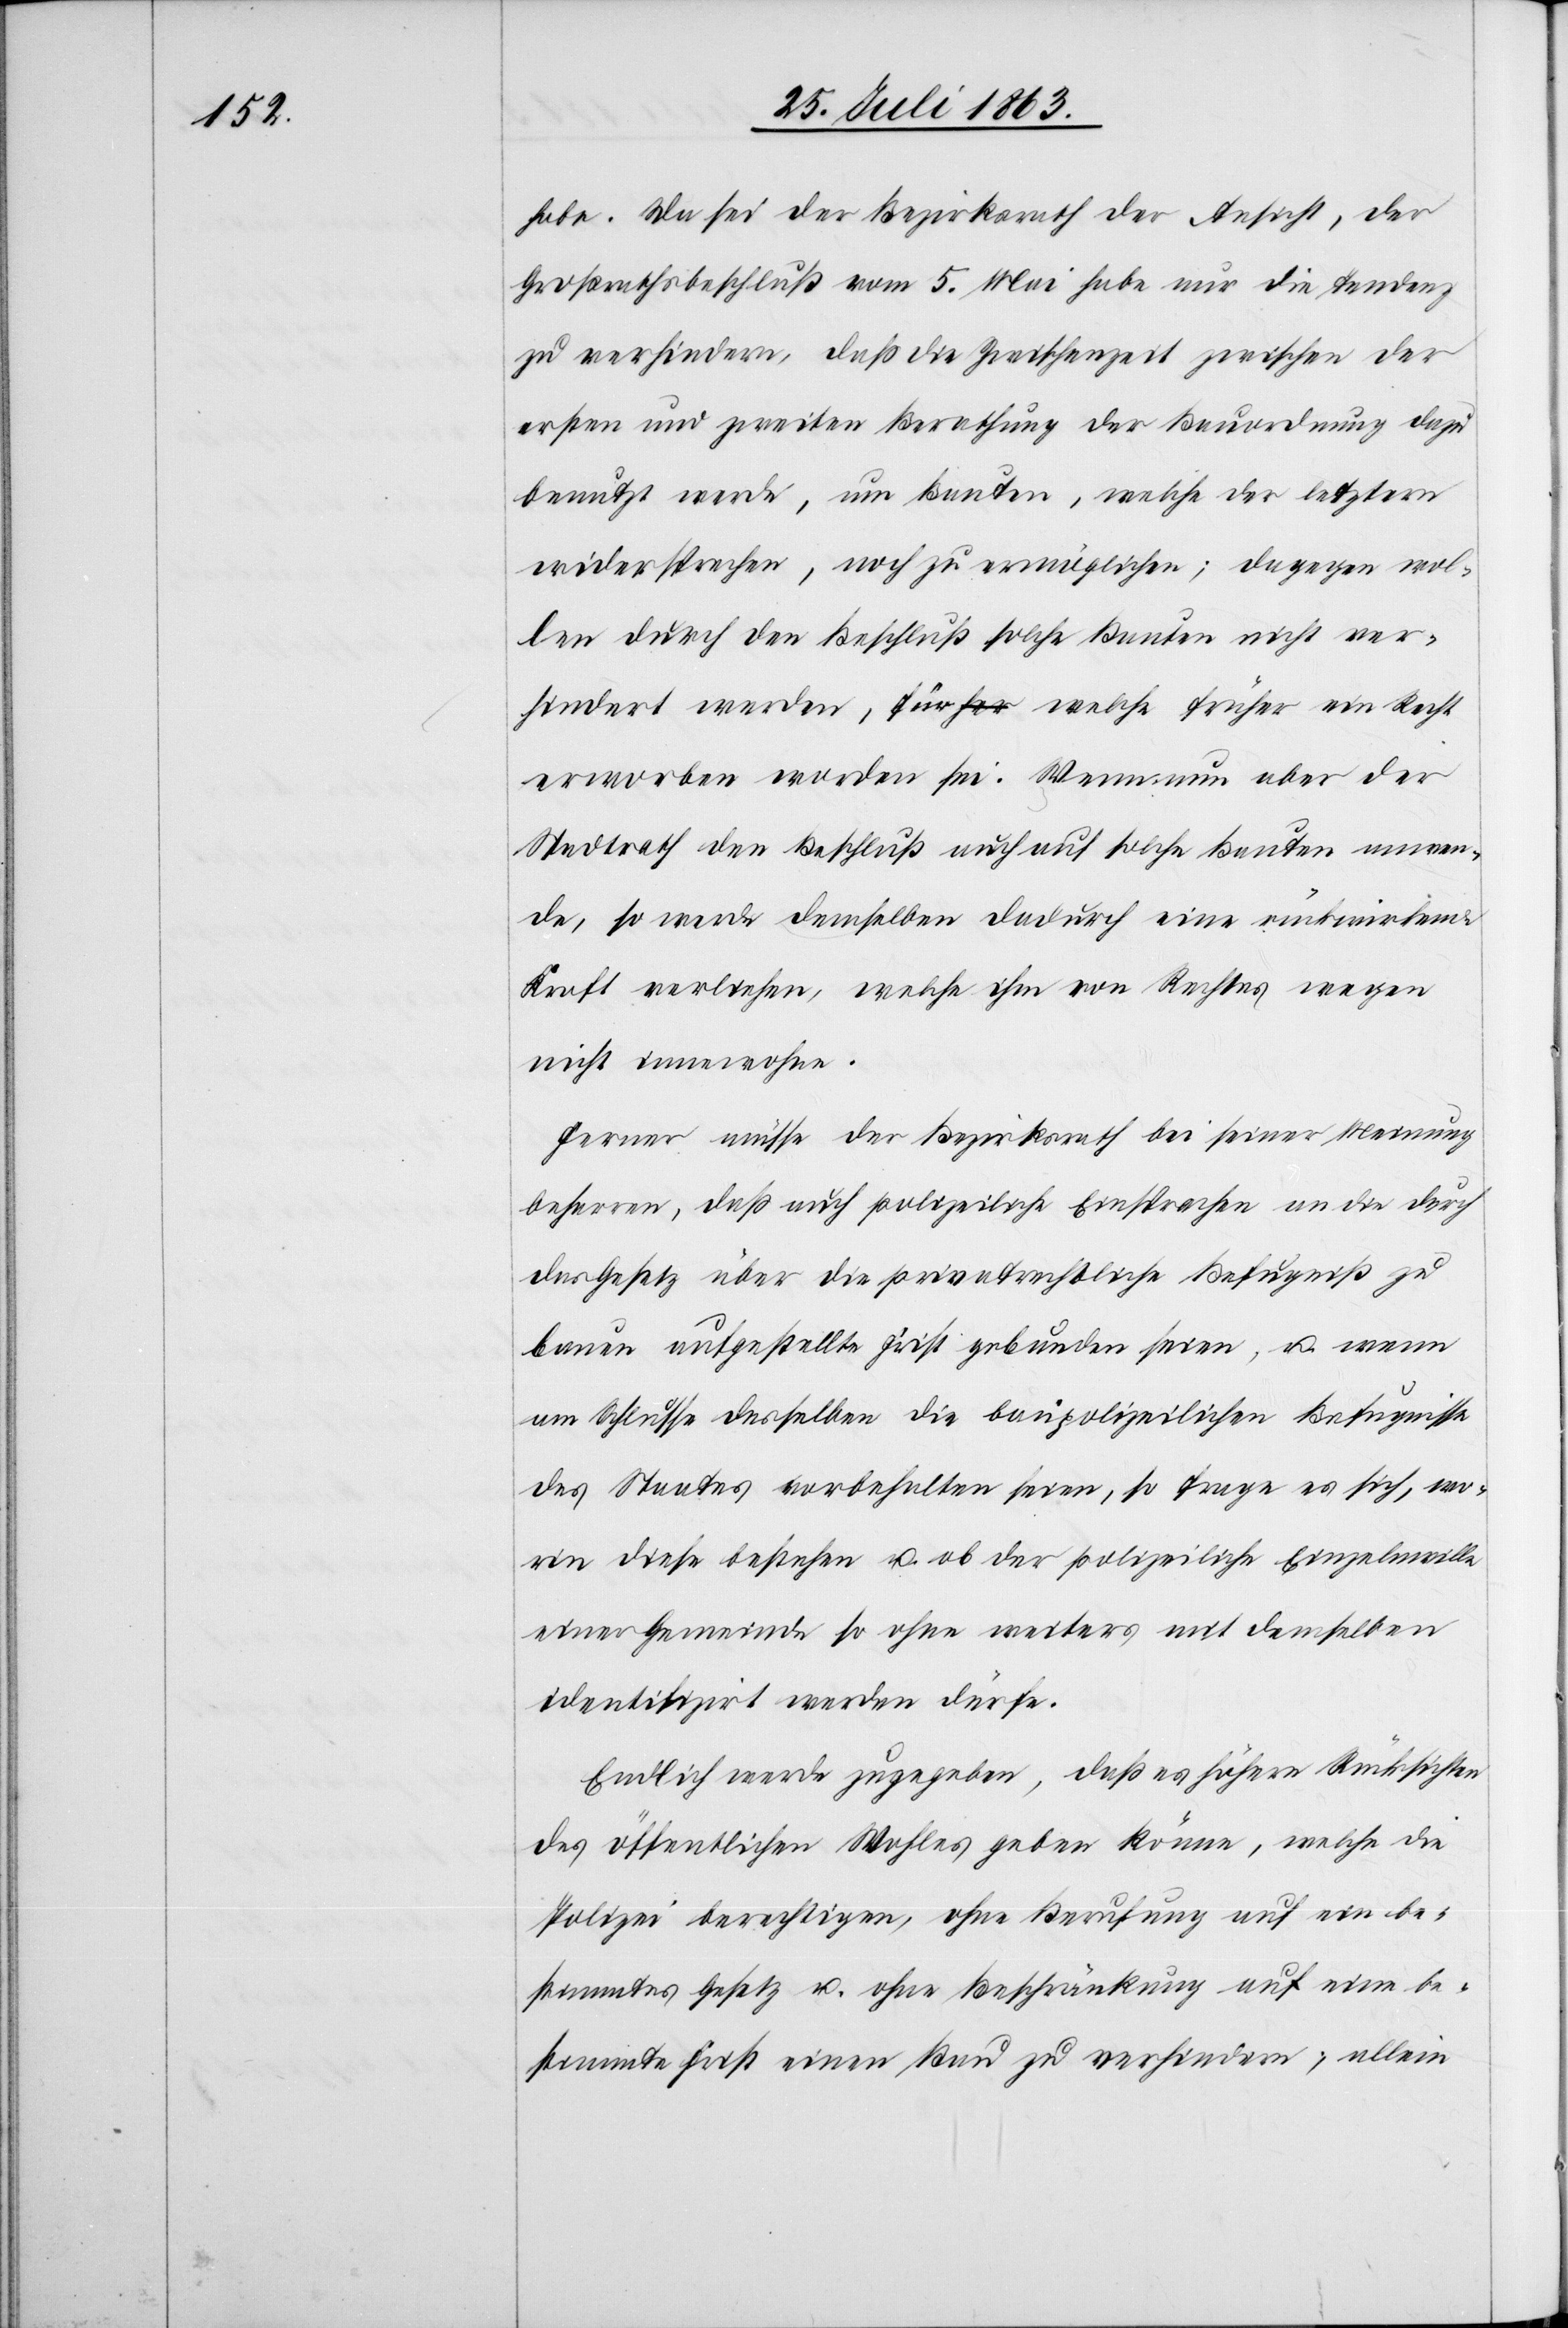
habe. Da sei der Bezirksrath der Ansicht, der
Großrathsbeschluß vom 5. Mai habe nur die Tendenz
zu verhindern, daß die Zwischenzeit zwischen der
ersten und zweiten Berathung der Bauordnung dazu
benutzt werde, um Bauten, welche der letztern
widersprechen, noch zu ermöglichen; dagegen wol¬
len durch den Beschluß solche Bauten nicht ver¬
hindert werden, für welche früher ein Recht
erworben worden sei. Wenn nun aber der
Stadtrath den Beschluß auch auf solche Bauten anwen¬
de, so werde demselben dadurch eine rückwirkende
Kraft verliehen, welche ihm von Rechtes wegen
nicht innewohne.
Ferner müsse der Bezirksrath bei seiner Meinung
beharren, daß auch polizeiliche Einsprache an die durch
das Gesetz über die privatrechtliche Befugniß zu
bauen aufgestellte Frist gebunden seien, u. wenn
am Schlusse desselben die baupolizeilichen Befugnisse
des Staates vorbehalten seien, so frage es sich, wo¬
rin diese bestehen u. ob der polizeiliche Einzelnwille
einer Gemeinde so ohne weiters mit demselben
identifizirt werden dürfe.
Endlich werde zugegeben, daß es höhere Rücksichten
des öffentlichen Wohles geben könne, welche die
Polizei berechtigen, ohne Berufung auf ein be¬
stimmtes Gesetz u. ohne Beschränkung auf eine be¬
stimmte Frist einen Bau zu verhindern; allein